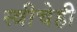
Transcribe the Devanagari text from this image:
स्त्रीचेही